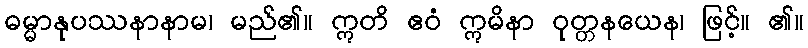
ဓမ္မာနုပဿနာနာမ၊ မည်၏။ ဣတိ ဧဝံ ဣမိနာ ဝုတ္တနယေန၊ ဖြင့်။ ၏။